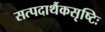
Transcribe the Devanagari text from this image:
सत्पदार्थैकसृष्टिः